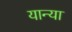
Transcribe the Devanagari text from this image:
यान्या